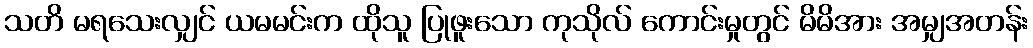
သတိ မရသေးလျှင် ယမမင်းက ထိုသူ ပြုဖူးသော ကုသိုလ် ကောင်းမှုတွင် မိမိအား အမျှအတန်း